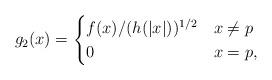
LaTeX: \begin{align*}g_2({ x}) = \begin{cases}f({ x})/(h(|{ x}|))^{1/2} & { x}\neq p \\0 & { x} = p,\end{cases}\end{align*}